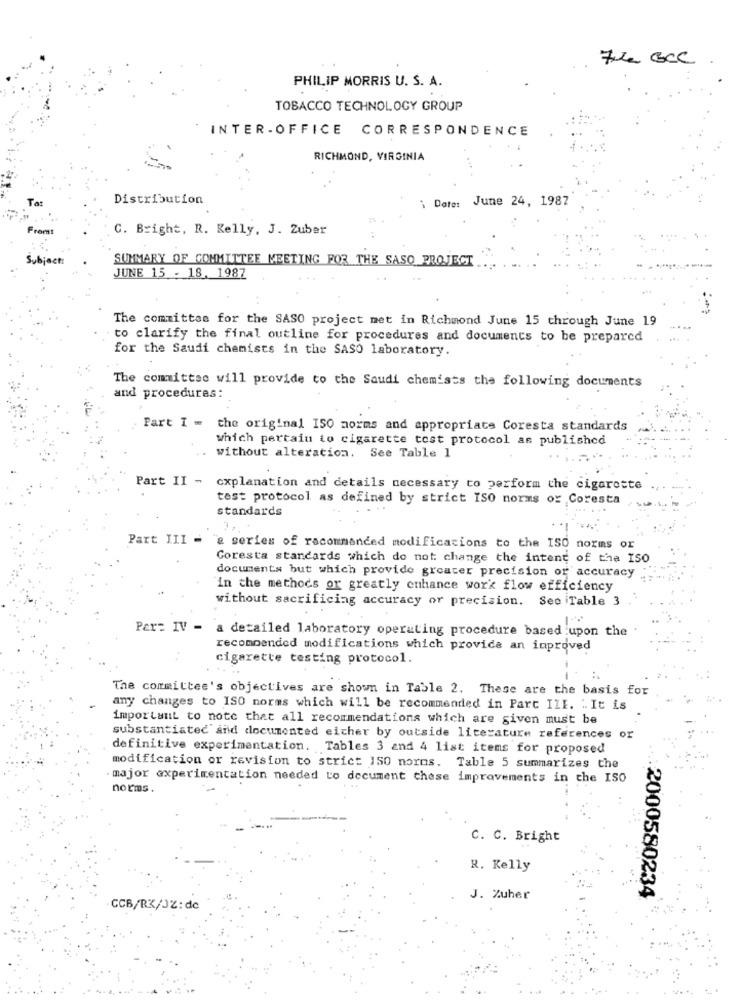
74 BCC.
PHILIP MORRIS U. S. A.
TOBACCO TECHNOLOGY GROUP
INTER- OFFICE CORRESPONDENCE
RICHMOND, VIRGINIA
Distribution
\Date: June 24, 1987
Fromt
C. Bright, R. Kelly, J. Zuber
Subject:
SUMMARY OF COMMITTEE MEETING FOR THE SASO PROJECT
JUNE 15 - 18. 1987
The committee for the SASO project met in Richmond June 15 through June 19
to clarify the final outline for procedures and documents to be prepared
for the Saudi chemists in the SASO laboratory.
The committee will provide to the Saudi chemists the following documents
and procedures:
Part I = the original ISO morms and appropriate Coresta standards
which pertain to cigarette tost protocol as published
without alteration. See Table 1
Part II -
explanation and details necessary to perform the cigarette
test protocol as defined by strict ISO norms or Coresta
standards
Part III -
"& series of recommended modifications to the ISO norms or
Coresta standards which do not change the intent of the ISO
documents but which provide greater precision or accuracy
in the methods or greatly enhance work flow efficiency
without sacrificing accuracy or precision. See Table 3
Par: IV - a detailed laboratory operating procedure based upon the
recommended modifications which provide an improved
. .
cigarette testing protocol.
The committee's objectives are shown in Table 2. These are the basis for
any changes to ISO norms which will be recommended in Part IIE. .. It is
important to note that all recommendations which are given must be
substantiated' and documented either by outside literature references or
definitive experimentation. Tables 3 and 4 list items for proposed
modification or revision to strict 150 noros. Table 5 summarizes the
major experimentation needed to document these improvements in the ISO
norms.
C. C. Bright
R. Kelly
:2000580234
J. Zuher
CCB/RX/JZ:dc